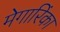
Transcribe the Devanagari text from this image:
मेगारिंका